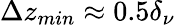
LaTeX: \Delta z_{min}\approx 0.5\delta_{\nu}